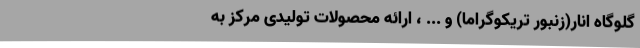
گلوگاه انار(زنبور تریکوگراما) و ... ، ارائه محصولات تولیدی مرکز به